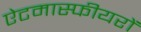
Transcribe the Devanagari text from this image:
ऐटमास्फीयरों